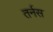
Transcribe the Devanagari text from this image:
तर्नस